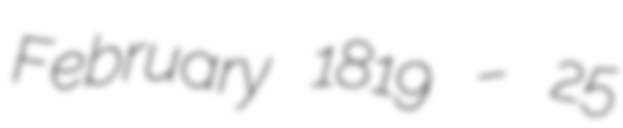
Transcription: February 1819 – 25